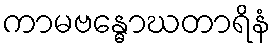
ကာမဗန္ဓောဃတာရိနံ